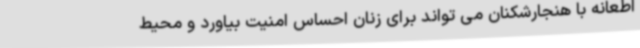
اطعانه با هنجارشکنان می تواند برای زنان احساس امنیت بیاورد و محیط